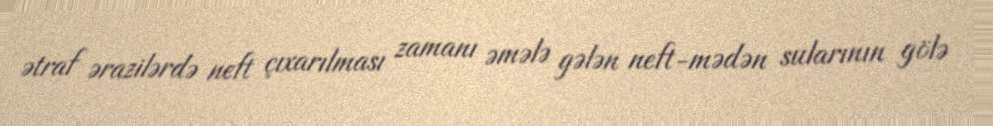
ətraf ərazilərdə neft çıxarılması zamanı əmələ gələn neft-mədən sularının gölə